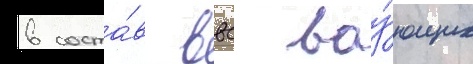
в соста́в ввс воу́ющих